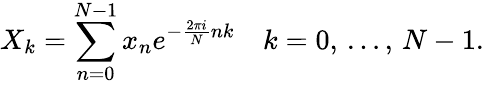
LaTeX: X_{k}=\sum_{n=0}^{N-1}x_{n}e^{-{\frac{2\pi i}{N}}nk}\quad k=0,\, \dots,\, N-1.